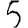
Digit: 5